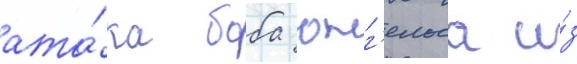
ата́ка боба юнг'ельса и́з